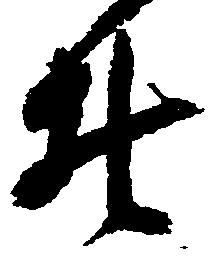
の